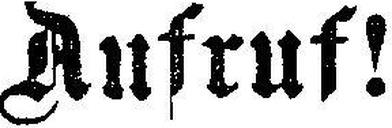
Aufruf!